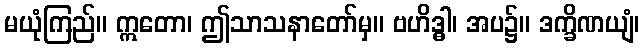
မယုံကြည်။ ဣတော၊ ဤသာသနာတော်မှ။ ဗဟိဒ္ဓါ၊ အပ၌။ ဒက္ခိဏယျံ၊